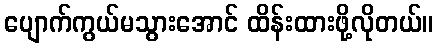
ပျောက်ကွယ်မသွားအောင် ထိန်းထားဖို့လိုတယ်။